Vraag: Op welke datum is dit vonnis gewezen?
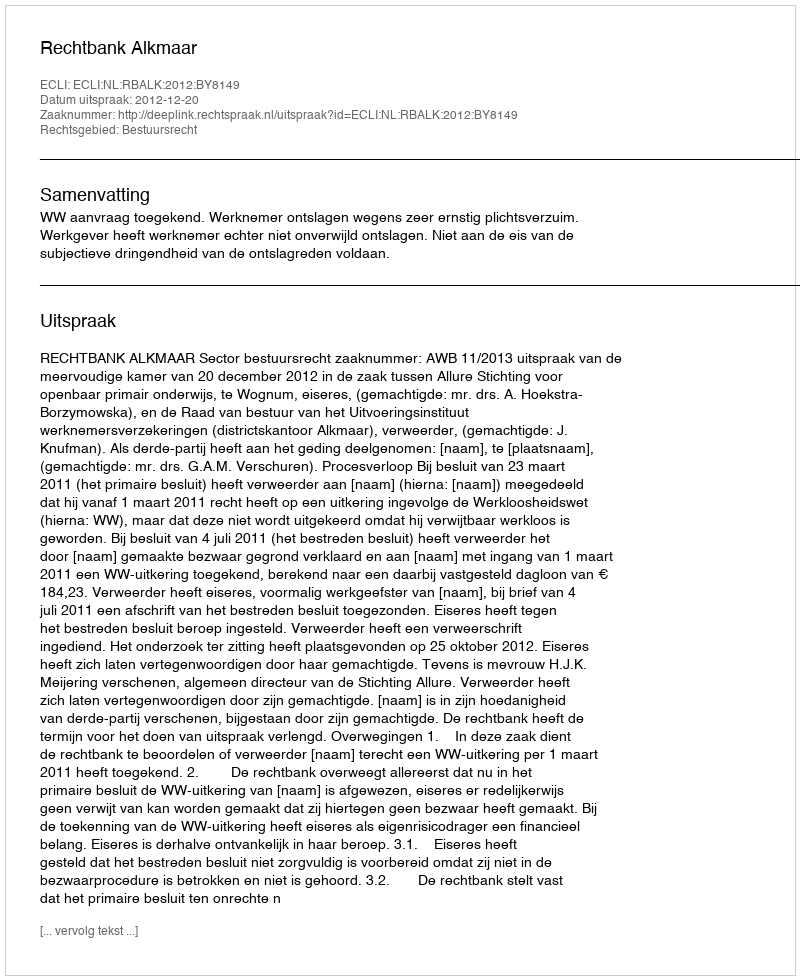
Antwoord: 2012-12-20